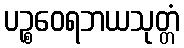
ပဉ္စဝေရဘယသုတ္တံ